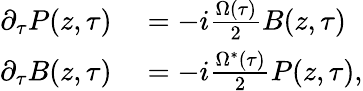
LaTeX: \begin{array}{rl}{\partial_{\tau}P(z,\tau)}&{{}=-i\frac{\Omega(\tau)}{2}B(z,\tau)}\\ {\partial_{\tau}B(z,\tau)}&{{}=-i\frac{\Omega^{*}(\tau)}{2}P(z,\tau),}\end{array}